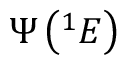
\Psi \left( { } ^ { 1 } E \right)